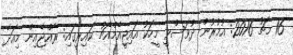
16 މާޗު 2016: އުމުރުން ދުވަސްވީ މީހަކު އައިޖީއެމްއެޗު ކައިރީގައި: ރާއްޖެއިން މިއަދާ